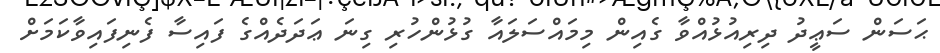
ޙަސަން ސަޢީދު ދިރިއުޅުއްވާ ގެއިން މިމައްސަލައާ ގުޅުންހުރި ގިނަ ޢަދަދެއްގެ ފައިސާ ފެނިފައިވާކަމަށް